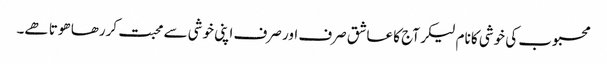
محبوب کی خوشی کا نام لیکر آج کا عاشق صرف اور صرف اپنی خوشی سے محبت کررھا ھوتا ھے۔